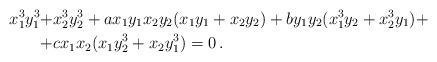
LaTeX: \begin{align*}x_1^3 y_1^3 +& x_2^3 y_2^3 + ax_1 y_1 x_2 y_2 (x_1 y_1 + x_2 y_2) + b y_1 y_2 (x_1^3 y_2 + x_2^3 y_1) + \\ +& c x_1 x_2 (x_1 y_2^3 + x_2 y_1^3) = 0 \, . \end{align*}